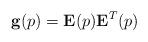
LaTeX: \begin{align*}\mathbf{g}(p)= \mathbf{E}(p)\mathbf{E}^{T}(p)\end{align*}